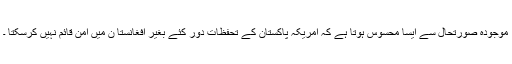
موجودہ صورتحال سے ایسا محسوس ہوتا ہے کہ امریکہ پاکستان کے تحفظات دور کئے بغیر افغانستا ن میں امن قائم نہیں کرسکتا ۔